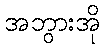
အဘွားအို